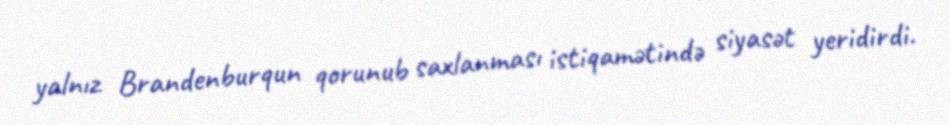
yalnız Brandenburqun qorunub saxlanması istiqamətində siyasət yeridirdi.